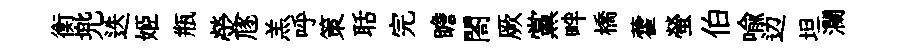
衡兠迭姬瓶熒豗羔呼策聒完瞻閤厥黨畔橋藿螢伯喻边坦瀾